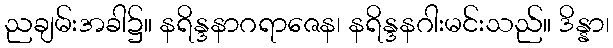
ညချမ်းအခါ၌။ နရိန္ဒနာဂရာဇေန၊ နရိန္ဒနဂါးမင်းသည်။ ဒိန္နာ၊